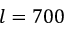
l = 7 0 0